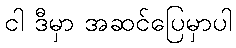
ငါ ဒီမှာ အဆင်ပြေမှာပါ